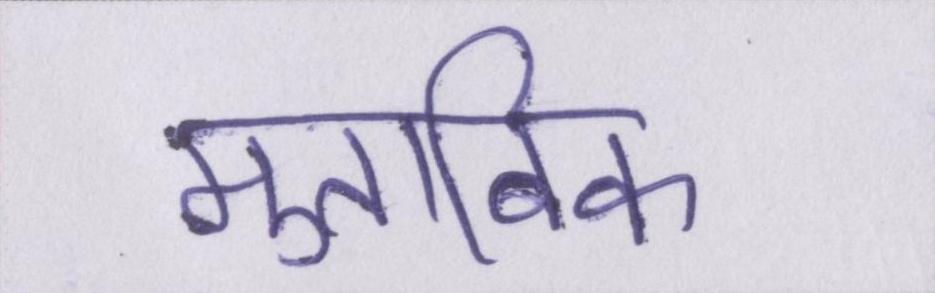
मुताबिक